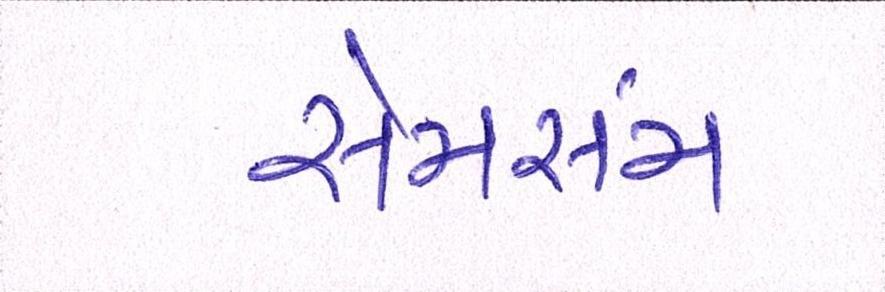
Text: સેમસંમ